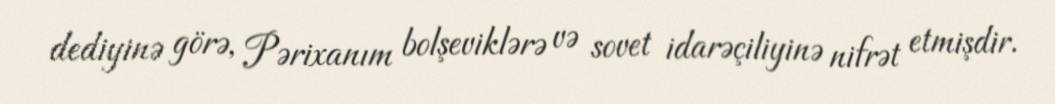
dediyinə görə, Pərixanım bolşeviklərə və sovet idarəçiliyinə nifrət etmişdir.